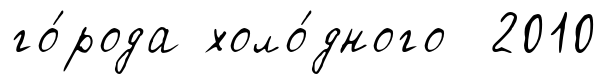
го́рода холо́дного 2010